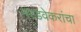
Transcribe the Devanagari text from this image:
नरडवेकरांचा